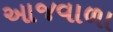
આજવાળા